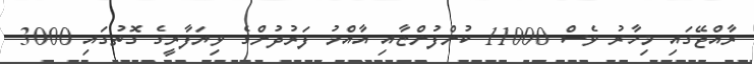
ރާއްޖޭގައި މިހާރު ވެސް 11000 ކުންފުންޏާއި އާއްމު ފަރުދުންގެ ވިޔަފާރީގެ ގޮތުގައި 3000